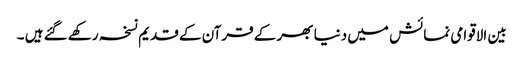
بین الاقوامی نمائش میں دنیا بھر کے قرآن کے قدیم نسخہ رکھے گئے ہیں ۔